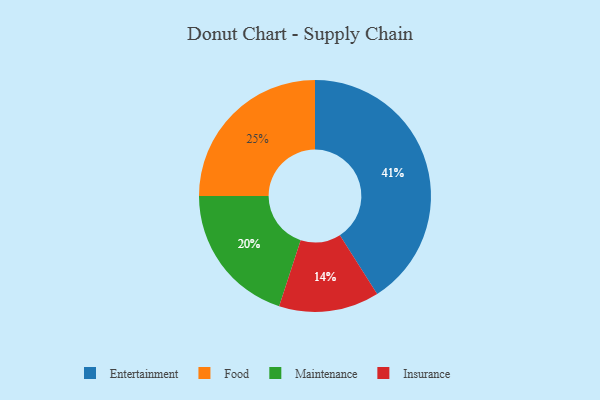
{"axis": {"x": "Category", "y": "Percentage"}, "legend": ["Entertainment", "Food", "Insurance", "Maintenance"], "data": [{"x": "Insurance", "y": 14, "type": "Insurance"}, {"x": "Food", "y": 25, "type": "Food"}, {"x": "Maintenance", "y": 20, "type": "Maintenance"}, {"x": "Entertainment", "y": 41, "type": "Entertainment"}]}